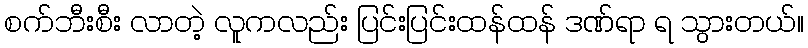
စက်ဘီးစီး လာတဲ့ လူကလည်း ပြင်းပြင်းထန်ထန် ဒဏ်ရာ ရ သွားတယ်။